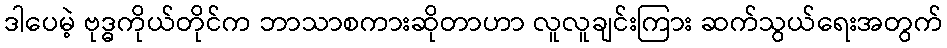
ဒါပေမဲ့ ဗုဒ္ဓကိုယ်တိုင်က ဘာသာစကားဆိုတာဟာ လူလူချင်းကြား ဆက်သွယ်ရေးအတွက်